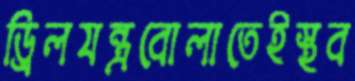
ড্রিলযন্ত্রবোলাতেইস্থব